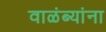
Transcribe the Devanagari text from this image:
वाळंब्यांना